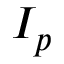
I _ { p }